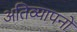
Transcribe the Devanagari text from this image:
अतिव्यापनों